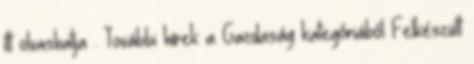
itt olvashatja . További hírek a Gazdaság kategóriából Felkészült